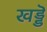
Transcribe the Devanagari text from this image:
खड्डॆ